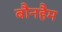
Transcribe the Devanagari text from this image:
बौनहैम